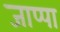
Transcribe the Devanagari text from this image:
जाप्पा